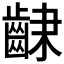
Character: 𮯆